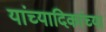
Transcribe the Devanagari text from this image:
यांच्यादिकांच्या